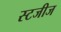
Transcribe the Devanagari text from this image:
स्टजीज